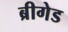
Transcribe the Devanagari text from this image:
ब्रीगेड